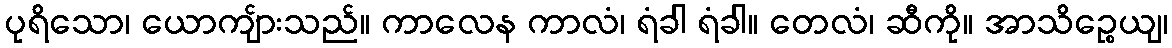
ပုရိသော၊ ယောကျ်ားသည်။ ကာလေန ကာလံ၊ ရံခါ ရံခါ။ တေလံ၊ ဆီကို။ အာသိဉ္စေယျ၊